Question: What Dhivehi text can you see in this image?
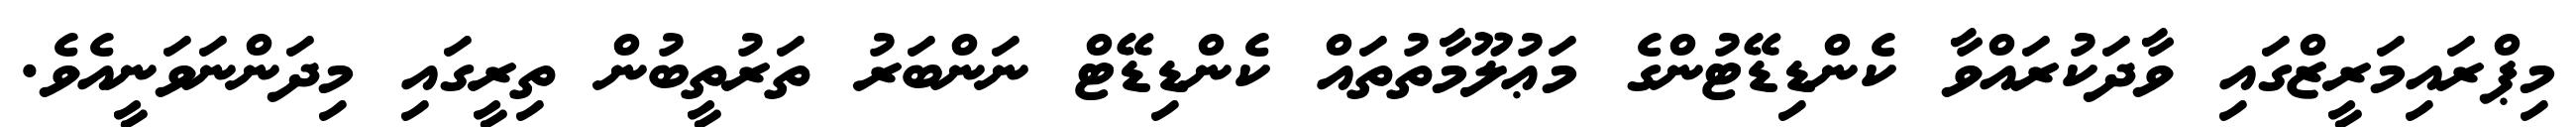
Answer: މިޕްރައިމަރީޒްގައި ވާދަކުރައްވާ ކެންޑިޑޭޓުންގެ މަޢުލޫމާތުތައް ކެންޑިޑޭޓް ނަންބަރު ތަރުތީބުން ތިރީގައި މިދަންނަވަނީއެވެ.